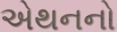
એથનનો